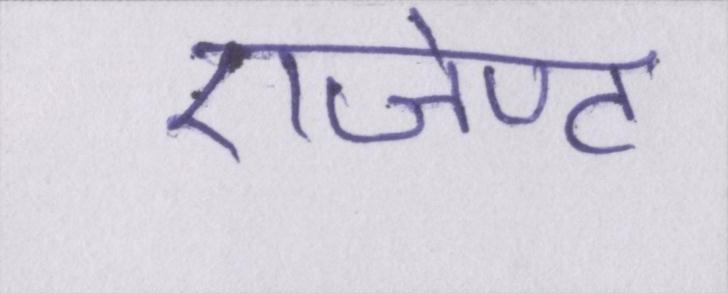
एजेण्ट